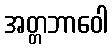
အတ္တဘာဝေါ